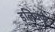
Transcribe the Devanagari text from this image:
इलिचपूर